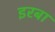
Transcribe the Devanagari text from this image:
इरबा